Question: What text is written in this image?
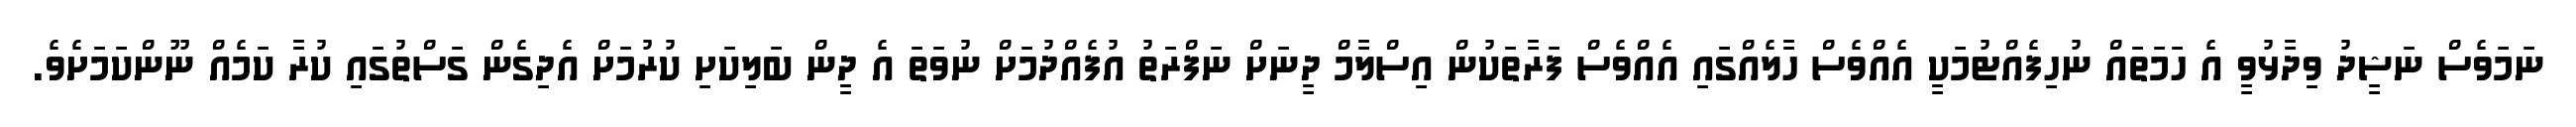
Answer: ނަމަވެސް ނަޝީދު ވިދާޅުވީ އެ ހަމަތައް ނުހިފެއްޓުމަކީ އެއްވެސް ހާލެއްގައި އެއްވެސް ފަރާތަކުން އިސްލާމް ދީނަށް ނަފްރަތު އުފެއްދުމަށް ނުވަތަ އެ ދީން ބަލިކަށި ކުރުމަށް އެދިގެން ގަސްތުގައި ކުރާ ކަމެއް ނޫންކަމަށެވެ.